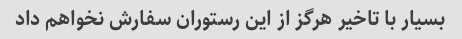
بسیار با تاخیر هرگز از این رستوران سفارش نخواهم داد